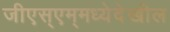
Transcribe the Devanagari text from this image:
जीएस्‌एम्‌मध्येदेखील